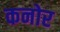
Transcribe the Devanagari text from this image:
कनोर